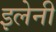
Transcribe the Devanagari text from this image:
इलेनी